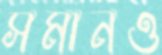
সমানও